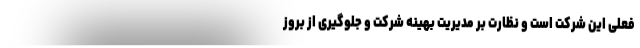
فعلی این شرکت است و نظارت بر مدیریت بهینه شرکت و جلوگیری از بروز